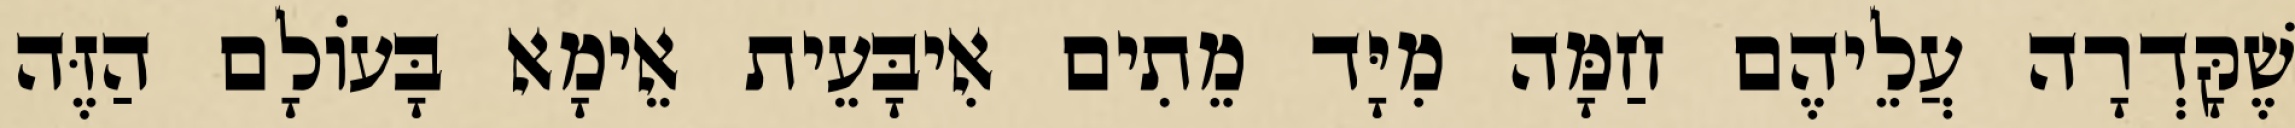
שֶׁקָּדְרָה עֲלֵיהֶם חַמָּה מִיָּד מֵתִים אִיבָּעֵית אֵימָא בָּעוֹלָם הַזֶּה